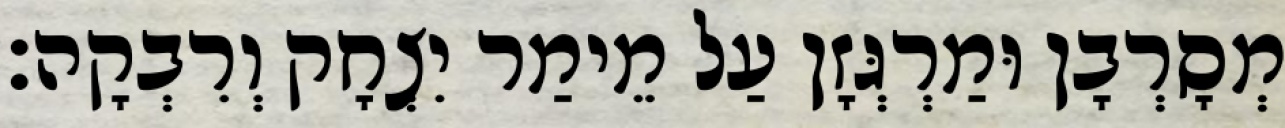
מְסָרְבָן וּמַרְגְּזָן עַל מֵימַר יִצְחָק וְרִבְקָה׃